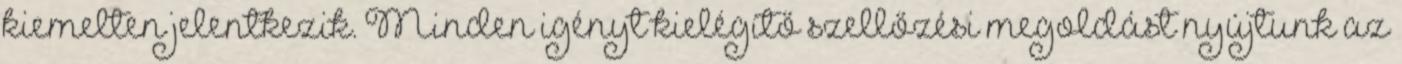
kiemelten jelentkezik. Minden igényt kielégítő szellőzési megoldást nyújtunk az